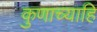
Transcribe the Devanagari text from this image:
कुणाच्याहि